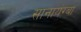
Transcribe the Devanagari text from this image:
सानायंग्बा